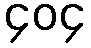
၄၀၄